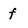
Character: f